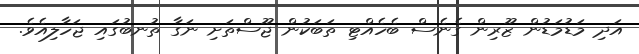
އަދި މަޑުމަޑުން ޒޫރިން ގެނެސް ބެހެއްޓި ތަބަކުން ޖޫސްތަށި ނަގާ ތުނބުގައި ޖަހާލިއެވެ.